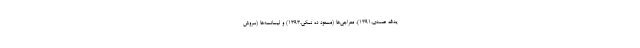
یدالله صمدی،۱۳۹۱)، معراجی‌ها (مسعود ده نمکی،۱۳۹۳) و لیسانسه‌ها (سروش